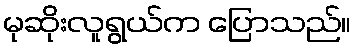
မုဆိုးလူရွယ်က ပြောသည်။